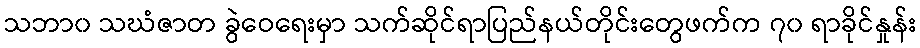
သဘာ၀ သဃံဇာတ ခွဲဝေရေးမှာ သက်ဆိုင်ရာပြည်နယ်တိုင်းတွေဖက်က ၇၀ ရာခိုင်နှုန်း